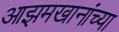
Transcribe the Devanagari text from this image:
आझमखानांच्या